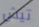
تيش